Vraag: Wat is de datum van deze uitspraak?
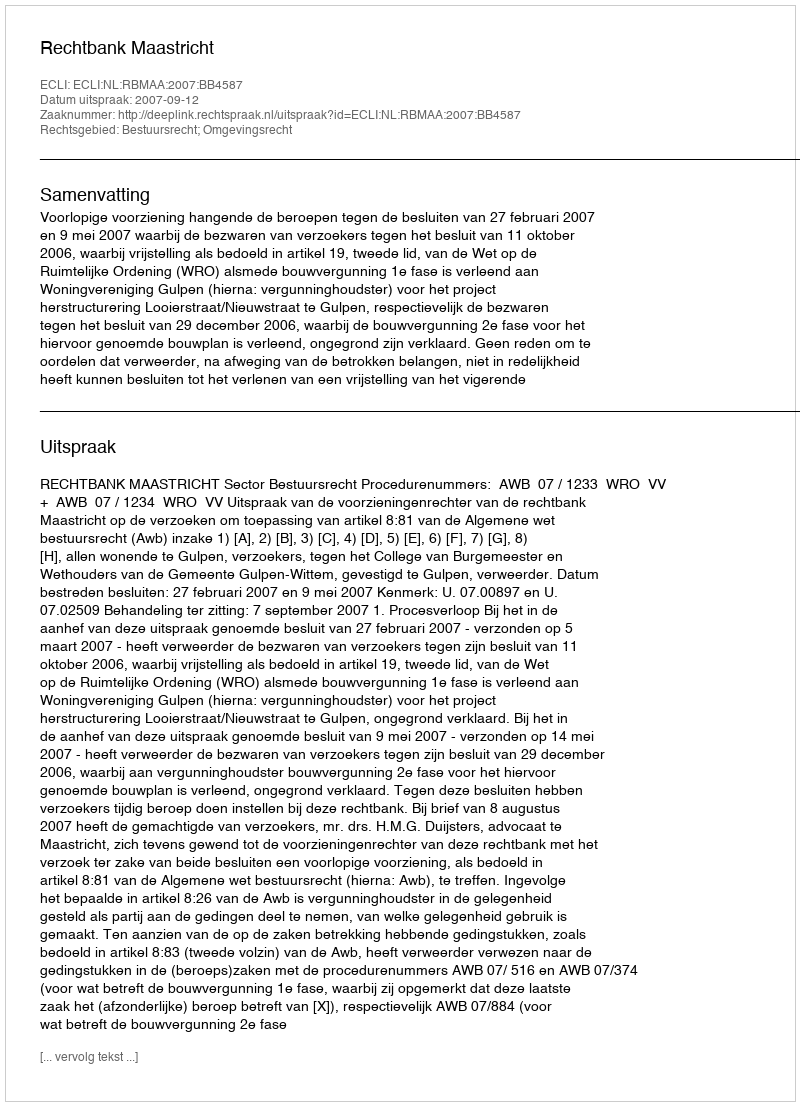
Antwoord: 2007-09-12